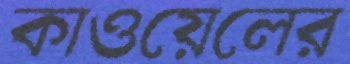
কাওয়েলের